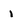
Character: i